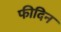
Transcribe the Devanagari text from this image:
फीदिन